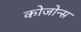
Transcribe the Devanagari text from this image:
कोजोन्स